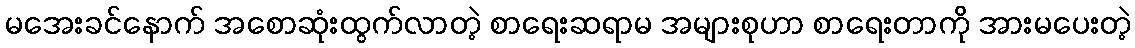
မအေးခင်နောက် အစောဆုံးထွက်လာတဲ့ စာရေးဆရာမ အများစုဟာ စာရေးတာကို အားမပေးတဲ့